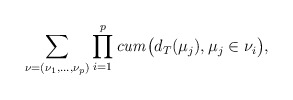
\begin{align*}\sum_{\nu=(\nu_{1},\ldots,\nu_{p})}\prod_{i=1}^{p}\mathit{cum}\bigl(d_{T}(\mu_{j}),\mu_{j}\in\nu_{i} \bigr), \end{align*}